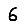
Digit: 6